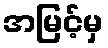
အမြင့်မှ